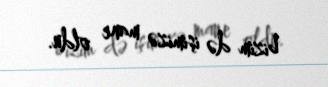
bizim də işimizə mane oldu.